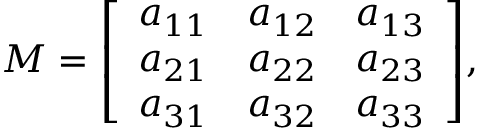
M = { \left[ \begin{array} { l l l } { a _ { 1 1 } } & { a _ { 1 2 } } & { a _ { 1 3 } } \\ { a _ { 2 1 } } & { a _ { 2 2 } } & { a _ { 2 3 } } \\ { a _ { 3 1 } } & { a _ { 3 2 } } & { a _ { 3 3 } } \end{array} \right] } ,